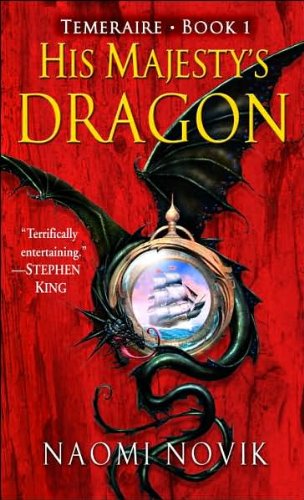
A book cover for His Majesty's Dragon (Temeraire, Book 1); Naomi Novik; Science Fiction & Fantasy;